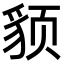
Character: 𬥈